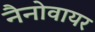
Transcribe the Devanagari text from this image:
नैनोवायर